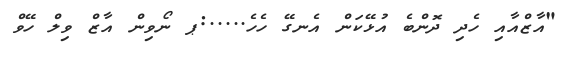
"އާޒްއާއި ހެދި ދޮންބެ އުޅޭކަން އެނގޭ ހެހެ.....:ޕ ނޯވިން އާޒް ވިލް ހޭވް